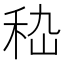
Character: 𥞇